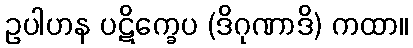
ဥပါဟန ပဋိက္ခေပ (ဒိဂုဏာဒိ) ကထာ။